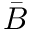
\bar { B }